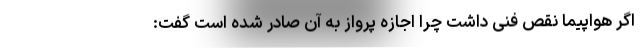
اگر هواپیما نقص فنی داشت چرا اجازه پرواز به آن صادر شده است گفت: